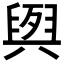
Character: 𮍭